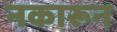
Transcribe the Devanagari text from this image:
नकारून